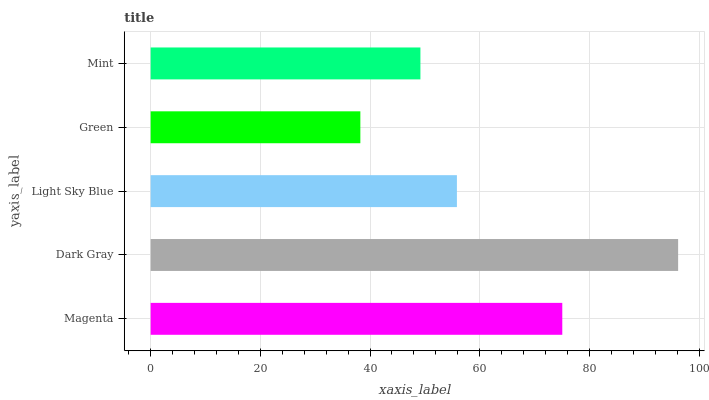
| yaxis_label | bars |
 | --- | --- |
 | Magenta | 75.1 |
 | Dark Gray | 96.2 |
 | Light Sky Blue | 55.8 |
 | Green | 38.2 |
 | Mint | 49.2 |